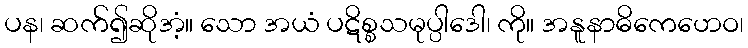
ပန၊ ဆက်၍ဆိုအံ့။ သော အယံ ပဋိစ္စသမုပ္ပါဒေါ၊ ကို။ အနူနာဓိကေဟေဝ၊